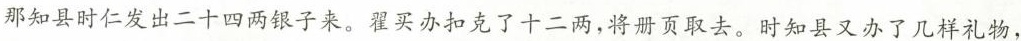
那知县时仁发出二十四两银子来， 翟买办扣克了十二两，将册页取去。时知县又办了几样礼物，